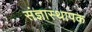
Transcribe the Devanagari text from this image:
संज्ञास्थापक